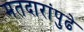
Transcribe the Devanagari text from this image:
मतदारांपुढे